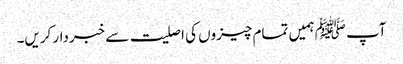
آپ ﷺ ہمیں تمام چیزوں کی اصلیت سے خبردار کریں۔